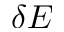
\delta E